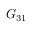
G _ { 3 1 }